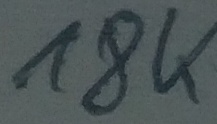
Text: 18K